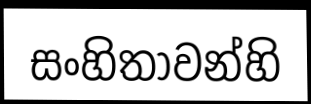
සංහිතාවන්හි